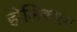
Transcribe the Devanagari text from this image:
होलिकाला